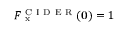
F _ { \mathrm { ~ x ~ } } ^ { \mathrm { ~ C ~ I ~ D ~ E ~ R ~ } } ( \mathbf { 0 } ) = 1